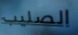
الصليب